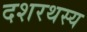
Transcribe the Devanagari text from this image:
दशरथस्य